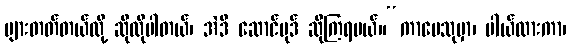
များတတ်တယ်လို့ ဆိုလိုပါတယ်၊ အဲဒီ ဆောင်ပုဒ် ဆိုကြရမယ်။“ကာမေသုမှာ၊ ပါယ်လားကာ၊